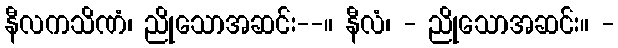
နီလကသိဏံ၊ ညိုသောအဆင်း--။ နီလံ၊ - ညိုသောအဆင်း။ -